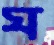
ঘ